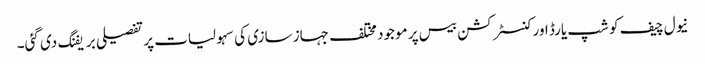
نیول چیف کو شپ یارڈ اور کنسٹرکشن بیس پر موجود مختلف جہاز سازی کی سہولیات پر تفصیلی بریفنگ دی گئی۔